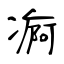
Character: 痾